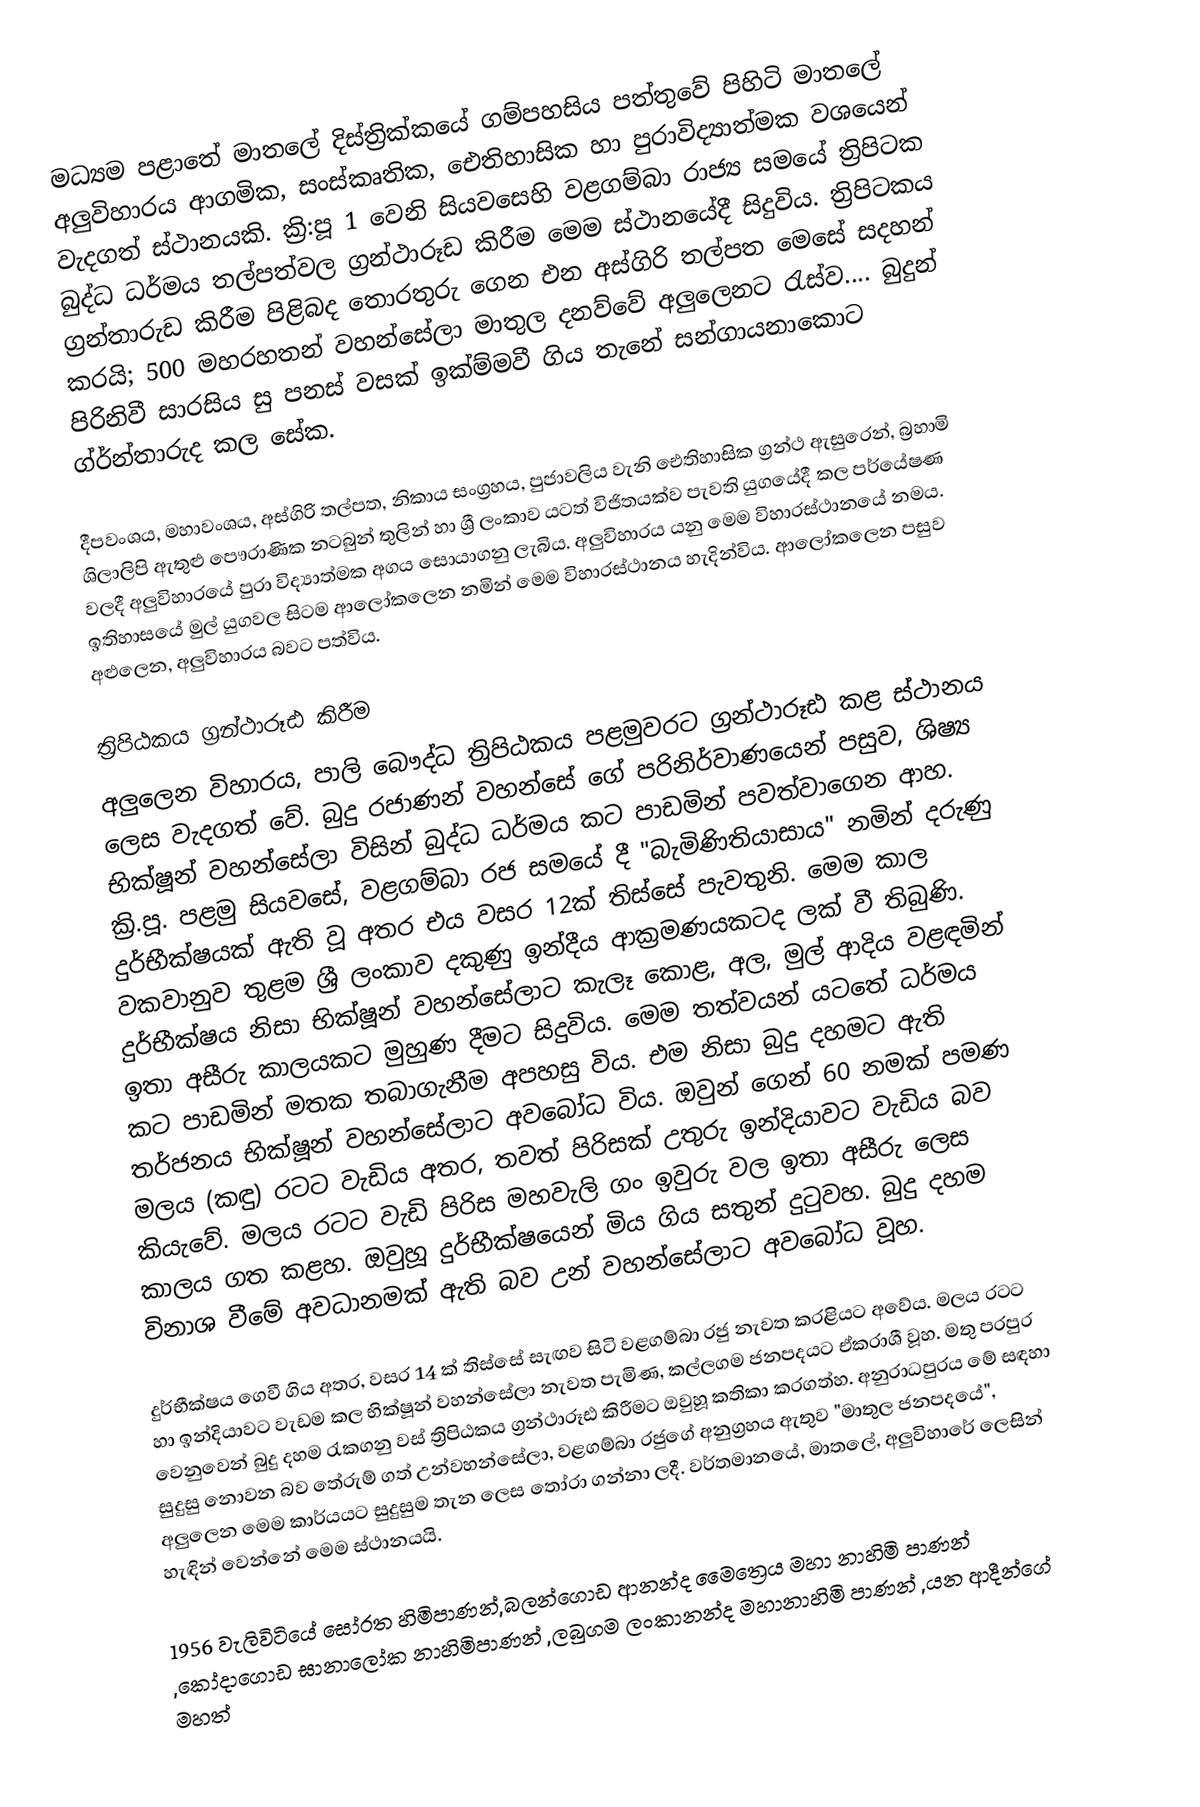
මධ්‍යම පළාතේ මාතලේ දිස්ත්‍රික්කයේ ගම්පහසිය පත්තුවේ පිහිටි මාතලේ අලුවිහාරය ආගමික, සංස්කෘතික, ඓතිහාසික හා පුරාවිද්‍යාත්මක වශයෙන් වැදගත් ස්ථානයකි.  ක්‍රි:පූ 1 වෙනි සියවසෙහි වළගම්බා රාජ්‍ය සමයේ ත්‍රිපිටක බුද්ධ ධර්මය තල්පත්වල ග්‍රන්ථාරූඩ කිරීම මෙම ස්ථානයේදී සිදුවිය. ත්‍රිපිටකය ග්‍රන්තාරුඩ කිරීම පිළිබද තොරතුරු ගෙන එන අස්ගිරි තල්පත මෙසේ සදහන් කරයි; 500 මහරහතන් වහන්සේලා මාතුල දනව්වේ අලුලෙනට රැස්ව.... බුදුන් පිරිනිවී සාරසිය සු පනස් වසක් ඉක්ම්මවී ගිය තැනේ සන්ගායනාකොට ග්ර්න්තාරුද කල සේක.

දීපවංශය, මහාවංශය, අස්ගිරි තල්පත, නිකාය සංග්‍රහය, පුජාවලිය වැනි ඓතිහාසික ග්‍රන්ථ ඇසුරෙන්, බ්‍රහාමි ශිලාලිපි ඇතුළු පෞරාණික නටබුන් තුලින් හා ශ්‍රී ලංකාව යටත් විජිතයක්ව පැවති යුගයේදී කල පර්යේෂණ වලදී අලුවිහාරයේ පුරා විද්‍යාත්මක අගය සොයාගනු ලැබිය. අලුවිහාරය යනු මෙම විහාරස්ථානයේ නමය. ඉතිහාසයේ මුල් යුගවල සිටම ආලෝකලෙන නමින් මෙම විහාරස්ථානය හැදින්විය. ආලෝකලෙන පසුව අළුලෙන, අලුවිහාරය බවට පත්විය.

ත්‍රිපිඨකය ග්‍රන්ථාරූඪ කිරීම
අලුලෙන විහාරය, පාලි බෞද්ධ ත්‍රිපිඨකය පළමුවරට ග්‍රන්ථාරූඪ කළ ස්ථානය ලෙස වැදගත් වේ. බුදු රජාණන් වහන්සේ ගේ පරිනිර්වාණයෙන් පසුව, ශිෂ්‍ය භික්ෂූන් වහන්සේලා විසින් බුද්ධ ධර්මය කට පාඩමින් පවත්වාගෙන ආහ. ක්‍රි.පූ. පළමු සියවසේ, වළගම්බා රජ සමයේ දී "බැමිණිතියාසාය" නමින් දරුණු දුර්භීක්ෂයක් ඇති වූ අතර එය වසර 12ක් තිස්සේ පැවතුනි. මෙම කාල වකවානුව තුළම ශ්‍රී ලංකාව දකුණු ඉන්දීය ආක්‍රමණයකටද ලක් වී තිබුණි. දුර්භීක්ෂය නිසා භික්ෂූන් වහන්සේලාට කැලෑ කොළ, අල, මුල් ආදිය වළඳමින් ඉතා අසීරු කාලයකට මුහුණ දීමට සිදුවිය. මෙම තත්වයන් යටතේ ධර්මය කට පාඩමින් මතක තබාගැනීම අපහසු විය. එම නිසා බුදු දහමට ඇති තර්ජනය භික්ෂූන් වහන්සේලාට අවබෝධ විය. ඔවුන් ගෙන් 60 නමක් පමණ මලය (කඳු) රටට වැඩිය අතර, තවත් පිරිසක් උතුරු ඉන්දියාවට වැඩිය බව කියැවේ. මලය රටට වැඩි පිරිස මහවැලි ගං ඉවුරු වල ඉතා අසීරු ලෙස කාලය ගත කළහ. ඔවුහූ දුර්භීක්ෂයෙන් මිය ගිය සතුන් දුටුවහ. බුදු දහම විනාශ වීමේ අවධානමක් ඇති බව උන් වහන්සේලාට අවබෝධ වූහ.

දුර්භීක්ෂය ගෙවී ගිය අතර, වසර 14 ක් තිස්සේ සැඟව සිටි වළගම්බා රජු නැවත කරළියට අවේය. මලය රටට හා ඉන්දියාවට වැඩම කල භික්ෂූන් වහන්සේලා නැවත පැමිණ, කල්ලගම ජනපදයට ඒකරාශී වූහ. මතු පරපුර වෙනුවෙන් බුදු දහම රැකගනු වස් ත්‍රිපිඨකය ග්‍රන්ථාරූඪ කිරීමට ඔවුහූ කතිකා කරගත්හ. අනුරාධපුරය මේ සඳහා සුදුසු නොවන බව තේරුම් ගත් උන්වහන්සේලා, වළගම්බා රජුගේ අනුග්‍රහය ඇතුව "මාතුල ජනපදයේ", අලුලෙන මෙම කාර්යයට සුදුසුම තැන ලෙස තෝරා ගන්නා ලදී. වර්තමානයේ, මාතලේ, අලුවිහාරේ ලෙසින් හැඳින් වෙන්නේ මෙම ස්ථානයයි.

1956 වැලිවිටියේ සෝරත හිමිපාණන්,බලන්ගොඩ ආනන්ද මෛත්‍රෙය මහා නාහිමි පාණන් ,කෝදාගොඩ ඝානාලෝක නාහිමිපාණන් ,ලබුගම ලංකානන්ද මහානාහිමි පාණන් ,යන ආදීන්ගේ මහත්